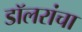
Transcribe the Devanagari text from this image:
डॉलरांचा